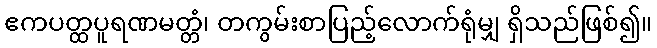
ဧကပတ္ထပူရဏမတ္တံ၊ တကွမ်းစာပြည့်လောက်ရုံမျှ ရှိသည်ဖြစ်၍။